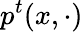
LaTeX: p^{t}(x,\cdot)